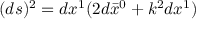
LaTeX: ( d s ) ^ { 2 } = d x ^ { 1 } ( 2 d \bar { x } ^ { 0 } + k ^ { 2 } d x ^ { 1 } )